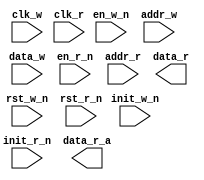
////////////////////////////////////////////////////////////////////////////////
//
//       This confidential and proprietary software may be used only
//     as authorized by a licensing agreement from Synopsys Inc.
//     In the event of publication, the following notice is applicable:
//
//                    (C) COPYRIGHT 2006 - 2018 SYNOPSYS INC.
//                           ALL RIGHTS RESERVED
//
//       The entire notice above must be reproduced on all authorized
//     copies.
//
//
// VERSION:   Verilog simulation model
//
// DesignWare_version: a587893e
// DesignWare_release: O-2018.06-DWBB_201806.3
//
////////////////////////////////////////////////////////////////////////////////
//
// ABSTRACT:  D-type flip-flop based dual port RAM with
//            separate write and read clocks and independently
//            configurable pre and post array retiming registers.
//
//            Parameters:     Valid Values
//            ==========      ============
//             width          [ 1 to 1024 ]
//             depth          [ 2 to 1024 ]
//             addr_width     ceil(log2(depth)) [ 1 to 10 ]
//             mem_mode       [ 0 to 7 ]
//             rst_mode       [ 0 => resets clear RAM array
//				1 => reset do not clear RAM ]
//
//            Write Port Interface
//            ====================
//            Ports           Size      Description
//            =====           ====      ===========
//            clk_w            1        Write Port clock
//            rst_w_n          1        Active Low Asynchronous Reset (write clock domain)
//            init_w_n         1        Active Low Synchronous  Reset (write clock domain)
//            en_w_n           1        Active Low Write Enable input
//            addr_w       addr_width   write address input
//            data_w         width      write data input
//
//            Read Port Interface
//            ====================
//            Ports           Size      Description
//            =====           ====      ===========
//            clk_r            1        Read Port clock
//            rst_r_n          1        Active Low Asynchronous Reset (read clock domain)
//            init_r_n         1        Active Low Synchronous  Reset (read clock domain)
//            en_r_n           1        Active Low Read Enable input
//            addr_r       addr_width   read address input
//            data_r_a         1        read data arrival output
//            data_r         width      read data output
//
//
// MODIFIED:
//
//
////////////////////////////////////////////////////////////////////////////////


module DW_ram_r_w_2c_dff(
	clk_w,		// Write clock input
	rst_w_n,	// write domain active low asynch. reset
	init_w_n,	// write domain active low synch. reset
	en_w_n,		// acive low write enable
	addr_w,		// Write address input
	data_w,		// Write data input

	clk_r,		// Read clock input
	rst_r_n,	// read domain active low asynch. reset
	init_r_n,	// read domain active low synch. reset
	en_r_n,		// acive low read enable
	addr_r,		// Read address input
	data_r_a,	// Read data arrival status output
	data_r		// Read data output
);

parameter integer width = 8;	// RANGE 1 to 1024
parameter integer depth = 4;	// RANGE 2 to 1024
parameter integer addr_width = 2; // RANGE 1 to 10
parameter integer mem_mode = 1; // RANGE 0 to 7
parameter integer rst_mode = 0;	// RANGE 0 to 1

 input				clk_w;
 input				rst_w_n;
 input				init_w_n;
 input				en_w_n;
 input [addr_width-1 : 0]	addr_w;
 input [width-1 : 0]		data_w;

 input				clk_r;
 input				rst_r_n;
 input				init_r_n;
 input				en_r_n;
 input [addr_width-1 : 0]	addr_r;
output				data_r_a;
output [width-1 : 0]		data_r;


// synopsys translate_off


 reg [width-1 : 0]	ram_array [0 : depth-1];

 reg			en_w_q;
 reg [addr_width-1 : 0]	addr_w_q;
 reg [width-1 : 0]	data_w_q;

 reg			en_r_q;
 reg [addr_width-1 : 0]	addr_r_q;

wire			ram_en_w;
wire [addr_width-1 : 0]	ram_addr_w;
wire [width-1 : 0]	ram_data_w;
wire			ram_en_r;
wire [addr_width-1 : 0]	ram_addr_r;
wire [width-1 : 0]	ram_data_r;

 reg			en_r_qq;
 reg [width-1 : 0]	data_r_q;

  
 
  initial begin : parameter_check
    integer param_err_flg;

    param_err_flg = 0;
    
  
    if ( (width < 1) || (width > 1024) ) begin
      param_err_flg = 1;
      $display(
	"ERROR: %m :\n  Invalid value (%d) for parameter width (legal range: 1 to 1024)",
	width );
    end
  
    if ( (depth < 2) || (depth > 1024 ) ) begin
      param_err_flg = 1;
      $display(
	"ERROR: %m :\n  Invalid value (%d) for parameter depth (legal range: 2 to 1024 )",
	depth );
    end
  
    if ( (1<<addr_width) < depth ) begin
      param_err_flg = 1;
      $display(
	"ERROR: %m : parameter, addr_width, value too small for depth of memory" );
    end
  
    if ( (1<<(addr_width-1)) >= depth ) begin
      param_err_flg = 1;
      $display(
	"ERROR: %m : parameter, addr_width, value too large for depth of memory" );
    end
  
    if ( (mem_mode < 0) || (mem_mode > 7 ) ) begin
      param_err_flg = 1;
      $display(
	"ERROR: %m :\n  Invalid value (%d) for parameter mem_mode (legal range: 0 to 7 )",
	mem_mode );
    end
  
    if ( (rst_mode < 0) || (rst_mode > 1 ) ) begin
      param_err_flg = 1;
      $display(
	"ERROR: %m :\n  Invalid value (%d) for parameter rst_mode (legal range: 0 to 1 )",
	rst_mode );
    end
  
    if ( param_err_flg == 1) begin
      $display(
        "%m :\n  Simulation aborted due to invalid parameter value(s)");
      $finish;
    end

  end // parameter_check 


  
  always @ (posedge clk_w or negedge rst_w_n) begin : clk_w_registers_PROC
    integer i;

    if (rst_w_n === 1'b0) begin			// Asynch. reset
      if (rst_mode == 0) begin
	for (i=0 ; i < depth ; i=i+1)
	  ram_array[i] <= {width{1'b0}};
      end
      en_w_q   <= 1'b0;
      addr_w_q <= {addr_width{1'b0}};
      data_w_q <= {width{1'b0}};
    end else if (rst_w_n === 1'b1) begin
      if (init_w_n === 1'b0) begin		// Synch. reset
	if (rst_mode == 0) begin
	  for (i=0 ; i < depth ; i=i+1)
	    ram_array[i] <= {width{1'b0}};
	end
	en_w_q   <= 1'b0;
	addr_w_q <= {addr_width{1'b0}};
	data_w_q <= {width{1'b0}};
      end else if (init_w_n === 1'b1) begin	// Clock registers
	en_w_q   <= ~en_w_n;
	if (en_w_n === 1'b0) begin
	  addr_w_q <= (addr_w | (addr_w ^ addr_w));
	  data_w_q <= (data_w | (data_w ^ data_w));
	end else if (en_w_n !== 1'b1) begin
	  addr_w_q <= {addr_width{1'bx}};
	  data_w_q <= {width{1'bx}};
	end
        if (ram_en_w === 1'b1) begin
	  if ((^(ram_addr_w ^ ram_addr_w) !== 1'b0)) begin
	    for (i=0 ; i < depth ; i=i+1)
	      ram_array[i] <= {width{1'bx}};
	  end else if (ram_addr_w < depth) begin
	    ram_array[ram_addr_w] <= ram_data_w;
	  end
	end else if (ram_en_w !== 1'b0) begin	// ram_en_w = unknown
	  if ((^(ram_addr_w ^ ram_addr_w) !== 1'b0)) begin
	    for (i=0 ; i < depth ; i=i+1)
	      ram_array[i] <= {width{1'bx}};
	  end else if (ram_addr_w < depth) begin
	    ram_array[ram_addr_w] <= {width{1'bx}};
	  end
	end
      end else begin				// init_w_n = unknown
	if (rst_mode == 0) begin
	  for (i=0 ; i < depth ; i=i+1)
	    ram_array[i] <= {width{1'bx}};
	end
	en_w_q   <= 1'bx;
	addr_w_q <= {addr_width{1'bx}};
	data_w_q <= {width{1'bx}};
      end
    end else begin				// rst_w_n = unknown
      if (rst_mode == 0) begin
	for (i=0 ; i < depth ; i=i+1)
	  ram_array[i] <= {width{1'bx}};
      end
      en_w_q   <= 1'bx;
      addr_w_q <= {addr_width{1'bx}};
      data_w_q <= {width{1'bx}};
    end
  end

  assign ram_en_w   = ((mem_mode > 3) == 1)?   en_w_q : ~en_w_n;
  assign ram_addr_w = ((mem_mode > 3) == 1)? addr_w_q : addr_w;
  assign ram_data_w = ((mem_mode > 3) == 1)? data_w_q : data_w;

  assign ram_en_r   = ((mem_mode % 4) > 1)?   en_r_q : ~en_r_n;
  assign ram_addr_r = ((mem_mode % 4) > 1)? addr_r_q : addr_r;

  assign ram_data_r = ((^(ram_addr_r ^ ram_addr_r) !== 1'b0))? {width{1'bx}} :
			(ram_addr_r < depth)? ram_array[ram_addr_r] :
			  {width{1'bx}};

  
  always @ (posedge clk_r or negedge rst_r_n) begin : clk_r_registers_PROC
    integer i;

    if (rst_r_n === 1'b0) begin			// Asynch. reset
      en_r_q   <= 1'b0;
      addr_r_q <= {addr_width{1'b0}};
      en_r_qq  <= 1'b0;
      data_r_q <= {width{1'b0}};
    end else if (rst_r_n === 1'b1) begin
      if (init_r_n === 1'b0) begin		// Synch. reset
	en_r_q   <= 1'b0;
	addr_r_q <= {addr_width{1'b0}};
	en_r_qq  <= 1'b0;
	data_r_q <= {width{1'b0}};
      end else if (init_r_n === 1'b1) begin	// Clock registers
	en_r_q   <= ~en_r_n;
	if (en_r_n === 1'b0) begin
	  addr_r_q <= (addr_r | (addr_r ^ addr_r));
	end else if (en_r_n !== 1'b1) begin
	  addr_r_q <= {addr_width{1'bx}};
	end
	en_r_qq <= ram_en_r;
	if (ram_en_r === 1'b1) begin
	  data_r_q <= ram_data_r;
	end else if (ram_en_r !== 1'b0) begin
	  data_r_q <= {width{1'bx}};
	end
      end else begin				// init_r_n = unknown
	en_r_q   <= 1'bx;
	addr_r_q <= {addr_width{1'bx}};
	en_r_qq  <= 1'bx;
	data_r_q <= {width{1'bx}};
      end
    end else begin				// rst_r_n = unknown
      en_r_q   <= 1'bx;
      addr_r_q <= {addr_width{1'bx}};
      en_r_qq  <= 1'bx;
      data_r_q <= {width{1'bx}};
    end
  end

  assign data_r_a   = ((mem_mode & 1) == 1)? en_r_qq  : ram_en_r;
  assign data_r     = ((mem_mode & 1) == 1)? data_r_q : ram_data_r;

// synopsys translate_on
endmodule